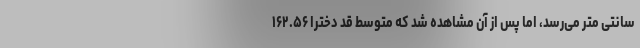
سانتی متر می‌رسد، اما پس از آن مشاهده شد که متوسط قد دخترا ۱۶۲.۵۶